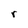
Character: r